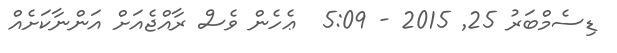
ޑިސެމްބަރު 25